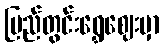
ပြည်တွင်းရွှေဈေးမှာ